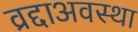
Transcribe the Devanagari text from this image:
व्रद्दाअवस्था